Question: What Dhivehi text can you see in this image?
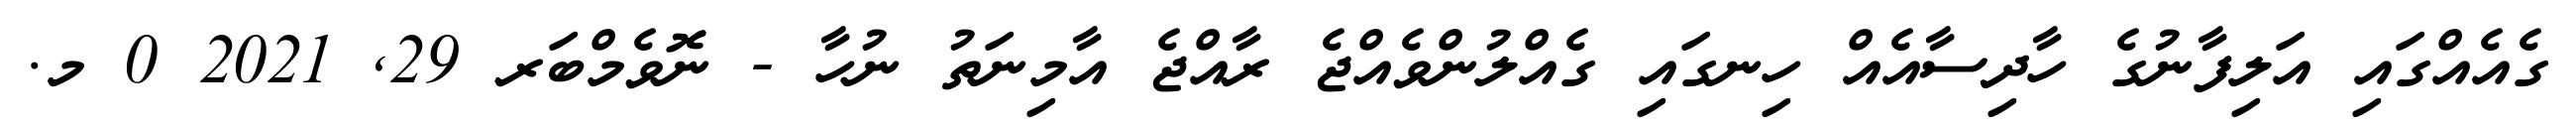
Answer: ގެއެއްގައި އަލިފާނުގެ ހާދިސާއެއް ހިނގައި ގެއްލުންވެއްޖެ ރާއްޖެ އާމިނަތު ނުހާ - ނޮވެމްބަރ 29, 2021 0 މ.